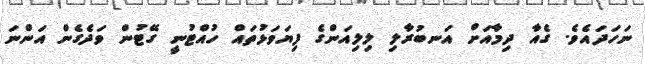
ނަހަދައެވެ. ގެއާ ދިމާއަށް އަނބުރާލި ލިލިއަންގެ ފިޔަވަޅުތައް ހުއްޓުނީ ގޭޓުން ވަދެގެން އަންނަ